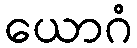
ယောဂံ